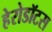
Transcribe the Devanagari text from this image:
हेरोडॉटस